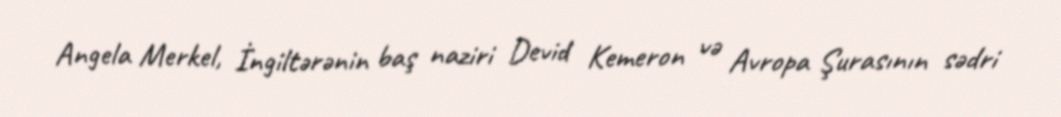
Angela Merkel, İngiltərənin baş naziri Devid Kemeron və Avropa Şurasının sədri